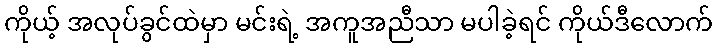
ကိုယ့် အလုပ်ခွင်ထဲမှာ မင်းရဲ့ အကူအညီသာ မပါခဲ့ရင် ကိုယ်ဒီလောက်